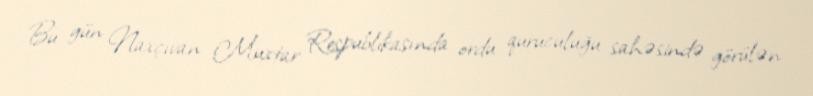
Bu gün Naxçıvan Muxtar Respublikasında ordu quruculuğu sahəsində görülən